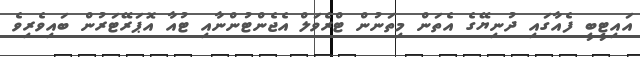
އައިޓީބީ ފެއާގައި ދުނިޔޭގެ އެތަން މިތަނުން ޓްރެވަލް އެޖެންޓުންނާއި ޓުއާ އޮޕަރޭޓަރުން ބައިވެރިވެ